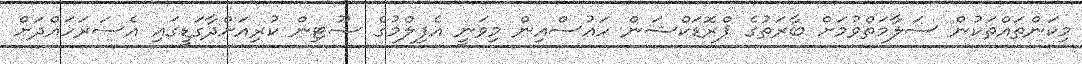
މިކަންތައްތަކުން ސަލާމަތްވުމަށް ބާރަތުގެ ޕްރޮޑަކްޝަން ހައުސްއިން މިވަނީ އެފިލްމުގެ ޝޫޓިން ކުރިއަށްދާގަޑީގައި އެސަރަހައްދަށް